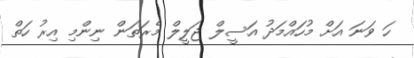
ހަ ވަނަ އަށް މުހައްމަދު އަސީލް ޖަލީލް މެރަތަން ނިންމި އިރު ހަތް